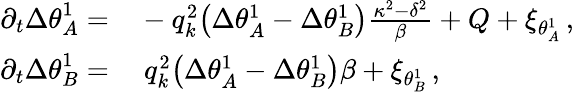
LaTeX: \begin{array}{rl}{\partial_{t}{\Delta\theta}_{A}^{1}=}&{{}-q_{k}^{2}\big(\Delta\theta_{A}^{1}-\Delta\theta_{B}^{1}\big)\frac{\kappa^{2}-\delta^{2}}{\beta}+Q+\xi_{\theta_{A}^{1}}\, ,}\\ {\partial_{t}{\Delta\theta}_{B}^{1}=}&{{}~q_{k}^{2}\big(\Delta\theta_{A}^{1}-\Delta\theta_{B}^{1}\big)\beta+\xi_{\theta_{B}^{1}}\, ,}\end{array}